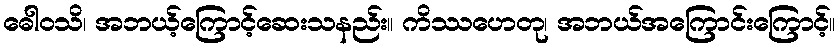
ဓေါဝသိ၊ အဘယ့်ကြောင့်ဆေးသနည်း။ ကိဿဟေတု၊ အဘယ်အကြောင်းကြောင့်။